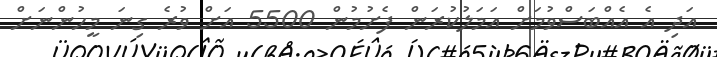
އަދި އެ އެއްބަސްވުމަށް އަމަލުކުރަން ފެށުމުން 5500 އަށް ވުރެ ގިނަ މީހުންނަށް